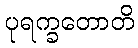
ပုရက္ခတောတိ